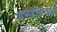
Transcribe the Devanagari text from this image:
इखाइयाँ